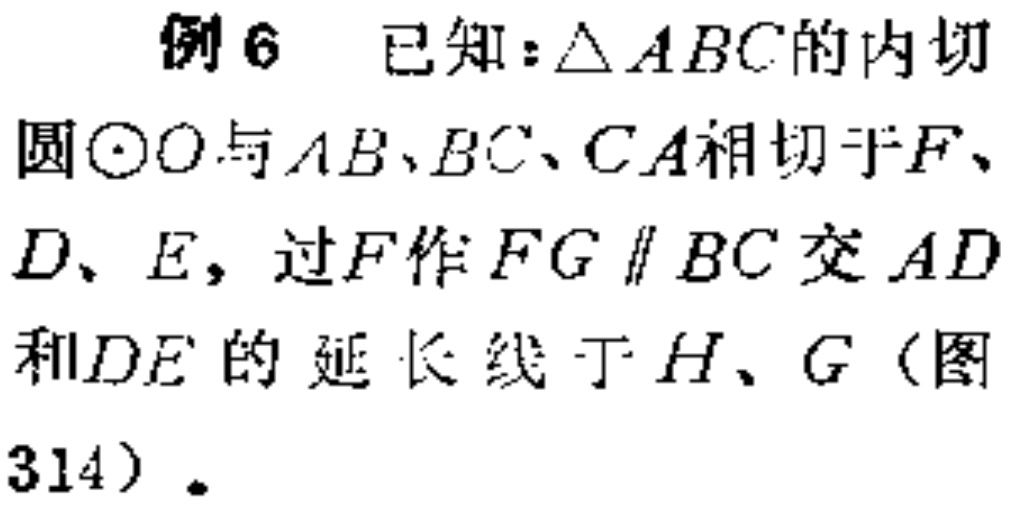
例 6 已知：\(\triangle ABC\)的内切圆\(\odot O\)与\(AB、BC、CA\)相切于\(F、D、E\)，过\(F\)作\(FG \parallel BC\)交\(AD\)和\(DE\)的延长线于\(H、G\)（图314）。